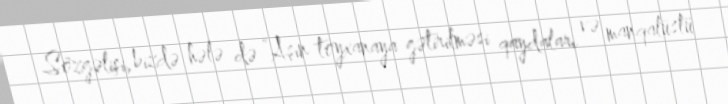
Sözgəlişi, bizdə hələ də “Aşın toyxanaya gətirilməsi qaydaları və manqalüstü